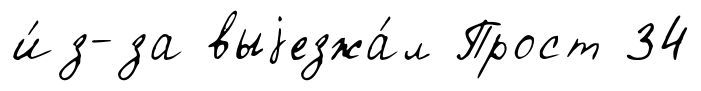
и́з-за выjезжа́л Прост 34